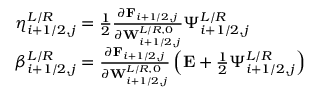
\begin{array} { r l } & { \eta _ { i + 1 / 2 , j } ^ { L / R } = \frac { 1 } { 2 } \frac { \partial \mathbf { F } _ { i + 1 / 2 , j } } { \partial \mathbf { W } _ { i + 1 / 2 , j } ^ { L / R , 0 } } \Psi _ { i + 1 / 2 , j } ^ { L / R } } \\ & { \beta _ { i + 1 / 2 , j } ^ { L / R } = \frac { \partial \mathbf { F } _ { i + 1 / 2 , j } } { \partial \mathbf { W } _ { i + 1 / 2 , j } ^ { L / R , 0 } } \left( \mathbf { E } + \frac { 1 } { 2 } \Psi _ { i + 1 / 2 , j } ^ { L / R } \right) } \end{array}